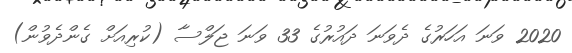
2020 ވަނަ އަހަރުގެ ދެވަނަ ދައުރުގެ 33 ވަނަ ޖަލްސާ (ކުރިއަށް ގެންދެވުން)